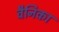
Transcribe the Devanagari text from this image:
वैनिका